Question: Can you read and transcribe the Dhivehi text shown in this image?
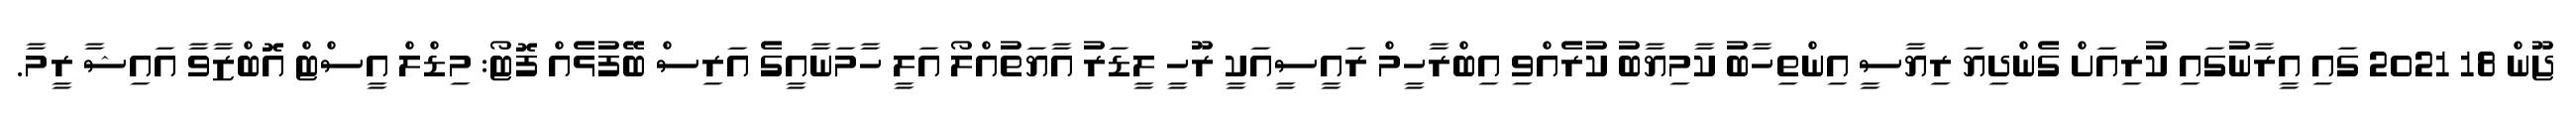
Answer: ޖޫން 18 2021 ގައި އީރާނުގައި ކުރިއަށް ގެންދިޔަ ރިޔާސީ އިންތިހާބު ކާމިޔާބު ކުރެއްވި އިބްރާހީމް ރައީސީއަކީ ރޫހީ ލީޑަރު އާޔަތުއްލޯ އަލީ ހާމަނާއީގެ އަރިސް ބޭފުޅެއް ފޮޓޯ: މިޑްލް އީސްޓް އޮބްޒާވާ އައިޝާ ރީމާ.